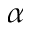
\alpha